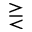
\gtreqless